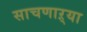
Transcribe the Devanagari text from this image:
साचणाऱ्या